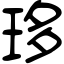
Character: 𤥀